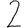
Digit: 2